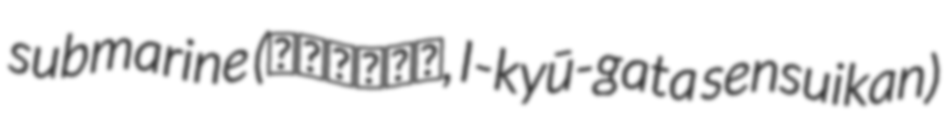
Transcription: submarine (伊九型潜水艦, I-kyū-gata sensuikan)